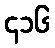
၄၁၆